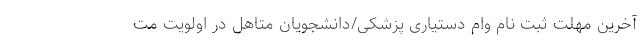
آخرین مهلت ثبت نام وام دستیاری پزشکی/دانشجویان متاهل در اولویت مت